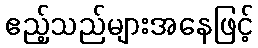
ဧည့်သည်များအနေဖြင့်